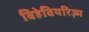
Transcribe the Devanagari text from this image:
बिहेवियरिज़्म